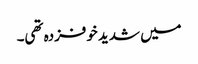
میں شدید خوفزدہ تھی۔